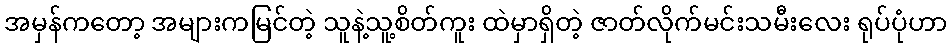
အမှန်ကတော့ အများကမြင်တဲ့ သူနဲ့သူ့စိတ်ကူး ထဲမှာရှိတဲ့ ဇာတ်လိုက်မင်းသမီးလေး ရုပ်ပုံဟာ